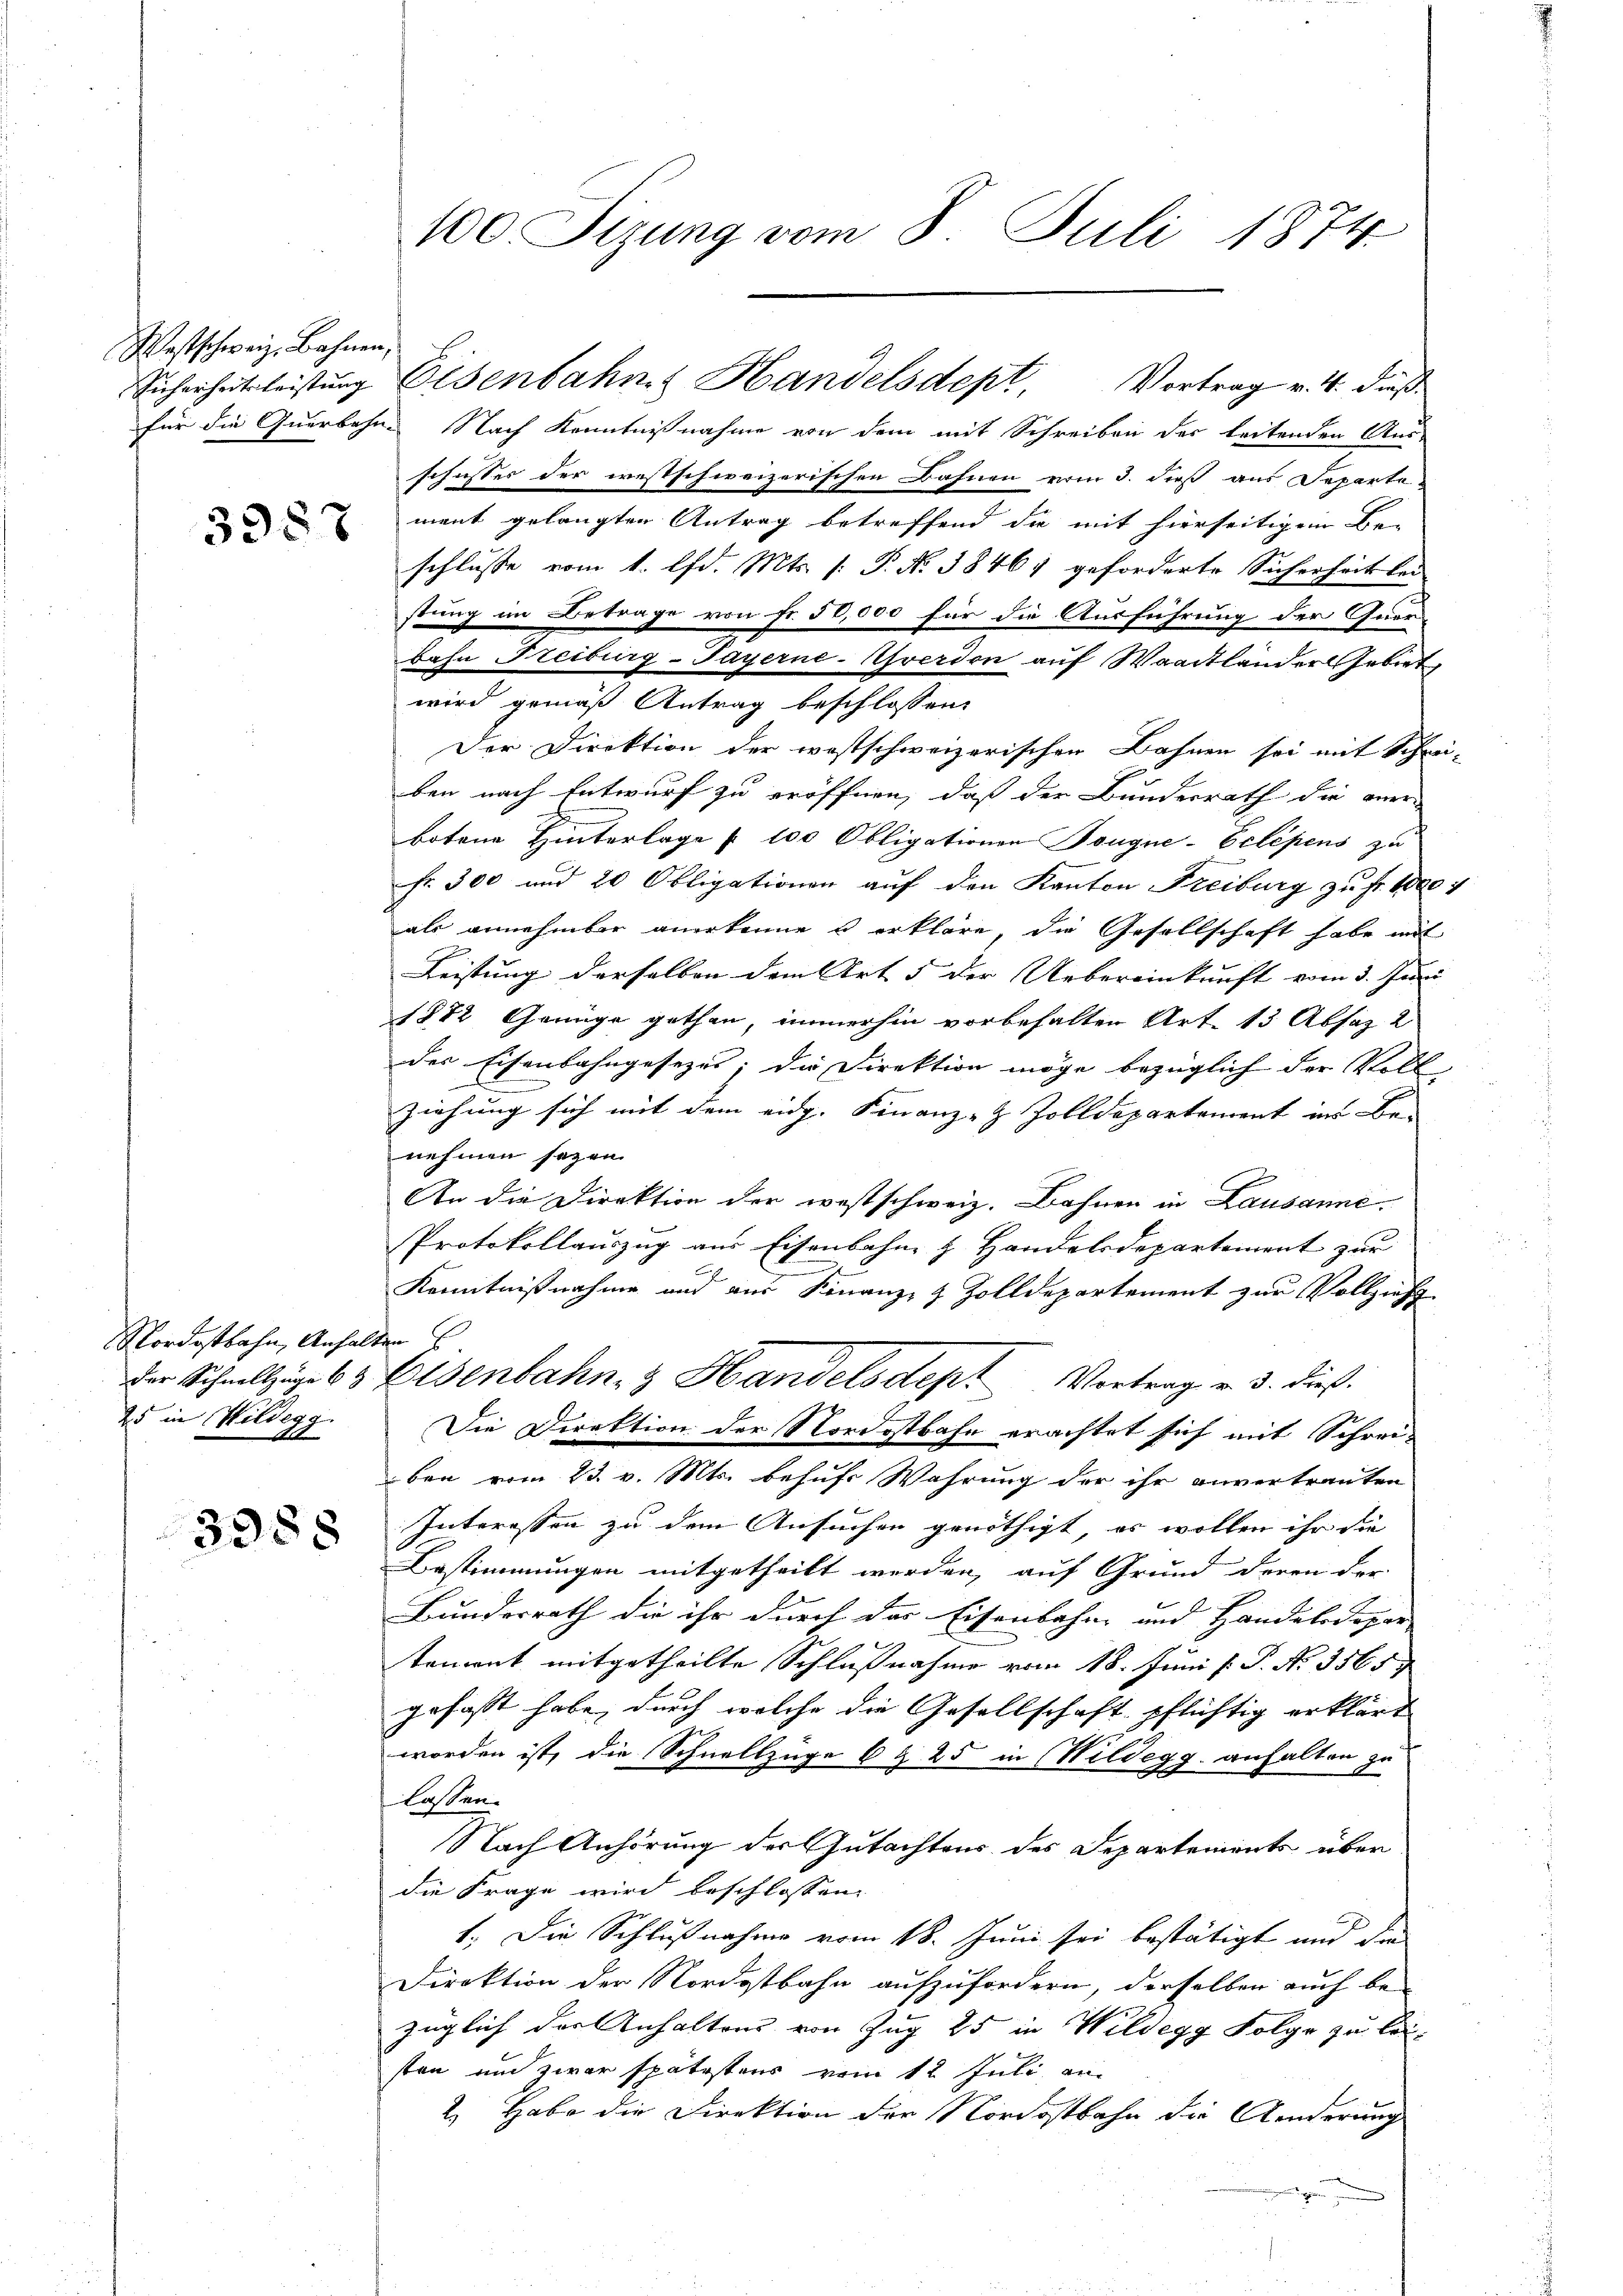
Westschweiz, Bahnen,

3387

Nordostbahn, Anhalten u.
25 in Wildegg
A

3358

für die Querbahne Nach Kenntnißnahme von dem mit Schreiben der leitenden Aus-
schuster der westschweizerischen Bahnen vom 3. dieß aus Separte.
ment gelangten Antrag betreffend die mit hierseitigem Be-
schlusse vom 1. Ad. Mts. [ P. No 38467 geforderte Sicherheit lei
stung im Betrage von Fr. 50,000 für die Ausführung der Quer
bahn Steiburg-Payerne-Uverdon auf Waadtlander Gebet,
wird gemäß Antrag beschlossen:
Der Direktion der westschweizerischen Bahnen sei mit Schwi- |
ben nach Entwurf zu eröffnen, daß der Bundesrath die aner-
botene Hinterlage § 100 Obligationen Bougne-Eclépens zu
fr. 300 und 20 Obligationen auf den Kanton Freiburg zu fr. 1000 f
als annehmbar anerkenne u erkläre, die Gesellschaft habe mit
Leistung derselben dem Art 5 der Uebereinkunft vom 3. Juni
1882 Genüge gethan, immerhin vorbehalten Art. 13 Absaz 2
der Eisenbahngesezes; die Direktion möge bezüglich der Voll
ziehung sich mit dem eidg. Finanz- & Zolldepartement ins Benehmen sagen.
An die Direktion der westschweiz. Bahnen in Lausanne.
Protokollauszug aus Eisenbahne z. Handelsdepartement zur
Kenntnißnahme und aus Finanz- & Zolldepartement zur Vollzieh
der Schnellzüge 63 Eisenbahn- & Handelsdept Vortrag v. 3. dieß
Die Direktion der Nordostbahn erachtet sich mit Schreiben vom 23. v. Mts. behufs Wahrung der ihr unvertrauten
Interessen zu dem Ansuchen genöthigt, es wollen ihr die
Bestimmungen mitgetheilt werden, auf Grund deren der
Bundesrath die ihr durch das Eisenbahn und Handelsdepar
tament mitgetheilte Schlußnahme vom 18. Juni l. P. No. 3565.
gefasst habe, durch welche die Gesellschaft pflichtig erklärt
worden ist, die Schnellzüge 6 & 25 in Wildegg anhalten zu
lassen.
Nach Anhörung der Gutachtens des Departements über
die Frage wird beschlossen:
1.) Die Schlußnahme vom 18. Juni sei bestätigt und die
Direktion der Nordostbahn aufzufordern, derselben auch be-
züglich der Anhaltung von Zug 25 in Wildegg Folge zu besten und zwar spätestens vom 12. Juli, am
2.) Habe die Direktion der Nordostbahn die Änderung

100. Sizung vom 8. Juli 1874.

Sicherheitleistŭng Eisenbahn Handelsdept, Vortrag v. 4. dieß